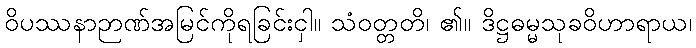
ဝိပဿနာဉာဏ်အမြင်ကိုရခြင်းငှါ။ သံဝတ္တတိ၊ ၏။ ဒိဋ္ဌဓမ္မသုခဝိဟာရာယ၊